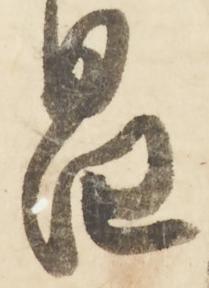
昌